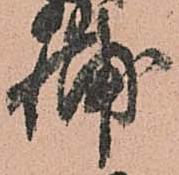
輔